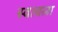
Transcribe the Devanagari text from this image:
स्वत्वला